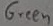
Text: Green